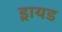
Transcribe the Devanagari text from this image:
ड्रायड